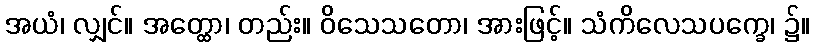
အယံ၊ လျှင်။ အတ္ထော၊ တည်း။ ဝိသေသတော၊ အားဖြင့်။ သံကိလေသပက္ခေ၊ ၌။